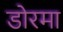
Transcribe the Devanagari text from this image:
डोरमा